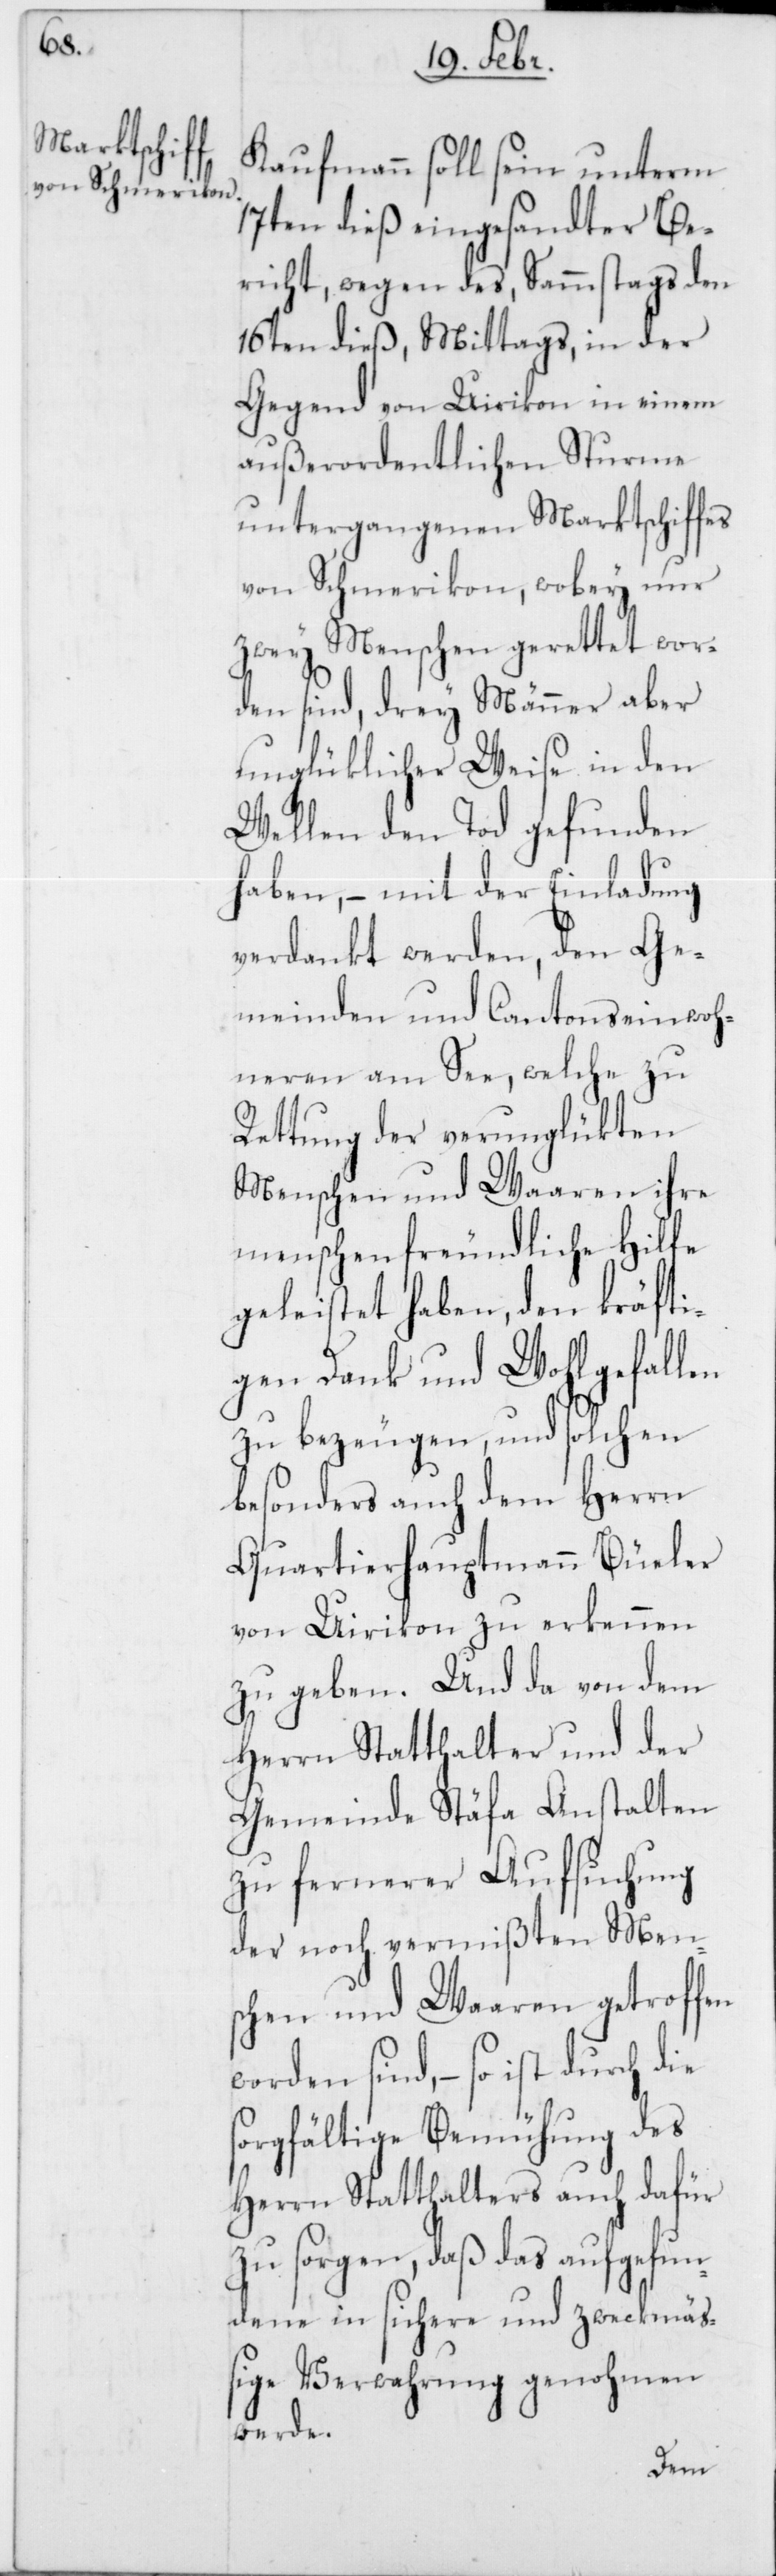
Kaufmann soll sein unterm
17ten dieß eingesandter Be¬
richt, wegen des Sammstags den
16ten dieß, Mittags, in der
Gegend von Uerikon in einem
außerordentlichen Sturme
untergegangenen Marktschiffes
von Schmerikon, wobey nur
zwey Menschen gerettet wor¬
den sind, drey Männer aber
unglüklicherweise in den
Wellen den Tod gefunden
haben, – mit der Einladung
verdankt werden, den Ge¬
meinden und Cantonseinwoh¬
neren am See, welche zu
Rettung der verunglükten
Menschen und Waaren ihre
menschenfreundliche Hilfe
geleistet haben, den kräfti¬
gen Dank und Wohlgefallen
zu bezeugen, und solchen
besonders auch dem Herrn
Quartierhauptmann Büeler
von Uirikon zu erkennen
zu geben. Und da von dem
Herrn Statthalter und der
Gemeinde Stäfa Anstalten
zu fernerer Aufsuchung
der noch vermißten Men¬
schen und Waaren getroffen
worden sind, – so ist durch die
sorgfältige Bemühung des
Herrn Statthalters auch dafür
sorgen, daß das aufgefun¬
dene in sichere und zweckmäß¬
ige Verwahrung genohmen
werde.